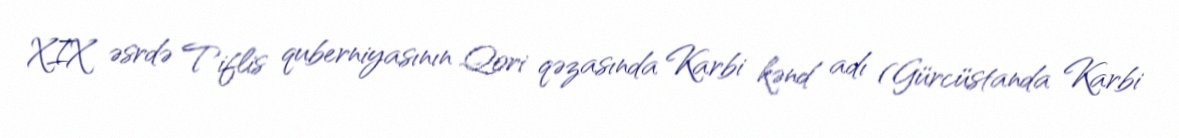
XIX əsrdə Tiflis quberniyasının Qori qəzasında Karbi kənd adı (Gürcüstanda Karbi